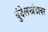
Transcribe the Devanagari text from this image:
बुंदेलखंडावर